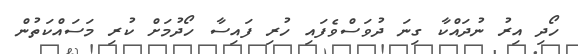
ހޯދި އިރު ނުދައްކާ ގިނަ ދުވަސްވެފައި ހުރި ފައިސާ ހޯދުމަށް ކުރި މަސައްކަތުން